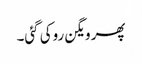
پھر ویگن روکی گئی۔